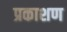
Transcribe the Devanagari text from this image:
प्रकाशण